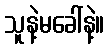
သူနဲ့မခေါ်နဲ့။